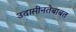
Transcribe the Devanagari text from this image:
उदासीनतेबाबत